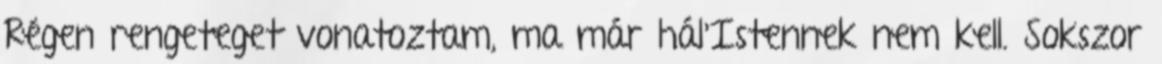
Régen rengeteget vonatoztam, ma már hál'Istennek nem kell. Sokszor